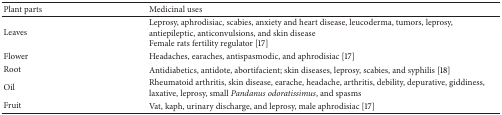
<table><thead><tr><td><b>Plant parts </b></td><td><b>Medicinal uses</b></td></tr></thead><tbody><tr><td>Leaves </td><td>Leprosy, aphrodisiac, scabies, anxiety and heart disease, leucoderma, tumors, leprosy, antiepileptic, anticonvulsions, and skin diseaseFemale rats fertility regulator [17]</td></tr><tr><td>Flower</td><td>Headaches, earaches, antispasmodic, and aphrodisiac [17]</td></tr><tr><td>Root</td><td>Antidiabetics, antidote, abortifacient; skin diseases, leprosy, scabies, and syphilis [18]</td></tr><tr><td>Oil</td><td>Rheumatoid arthritis, skin disease, earache, headache, arthritis, debility, depurative, giddiness, laxative, leprosy, small <i>Pandanus odoratissimus</i>, and spasms</td></tr><tr><td>Fruit </td><td>Vat, kaph, urinary discharge, and leprosy, male aphrodisiac [17]</td></tr></tbody></table>